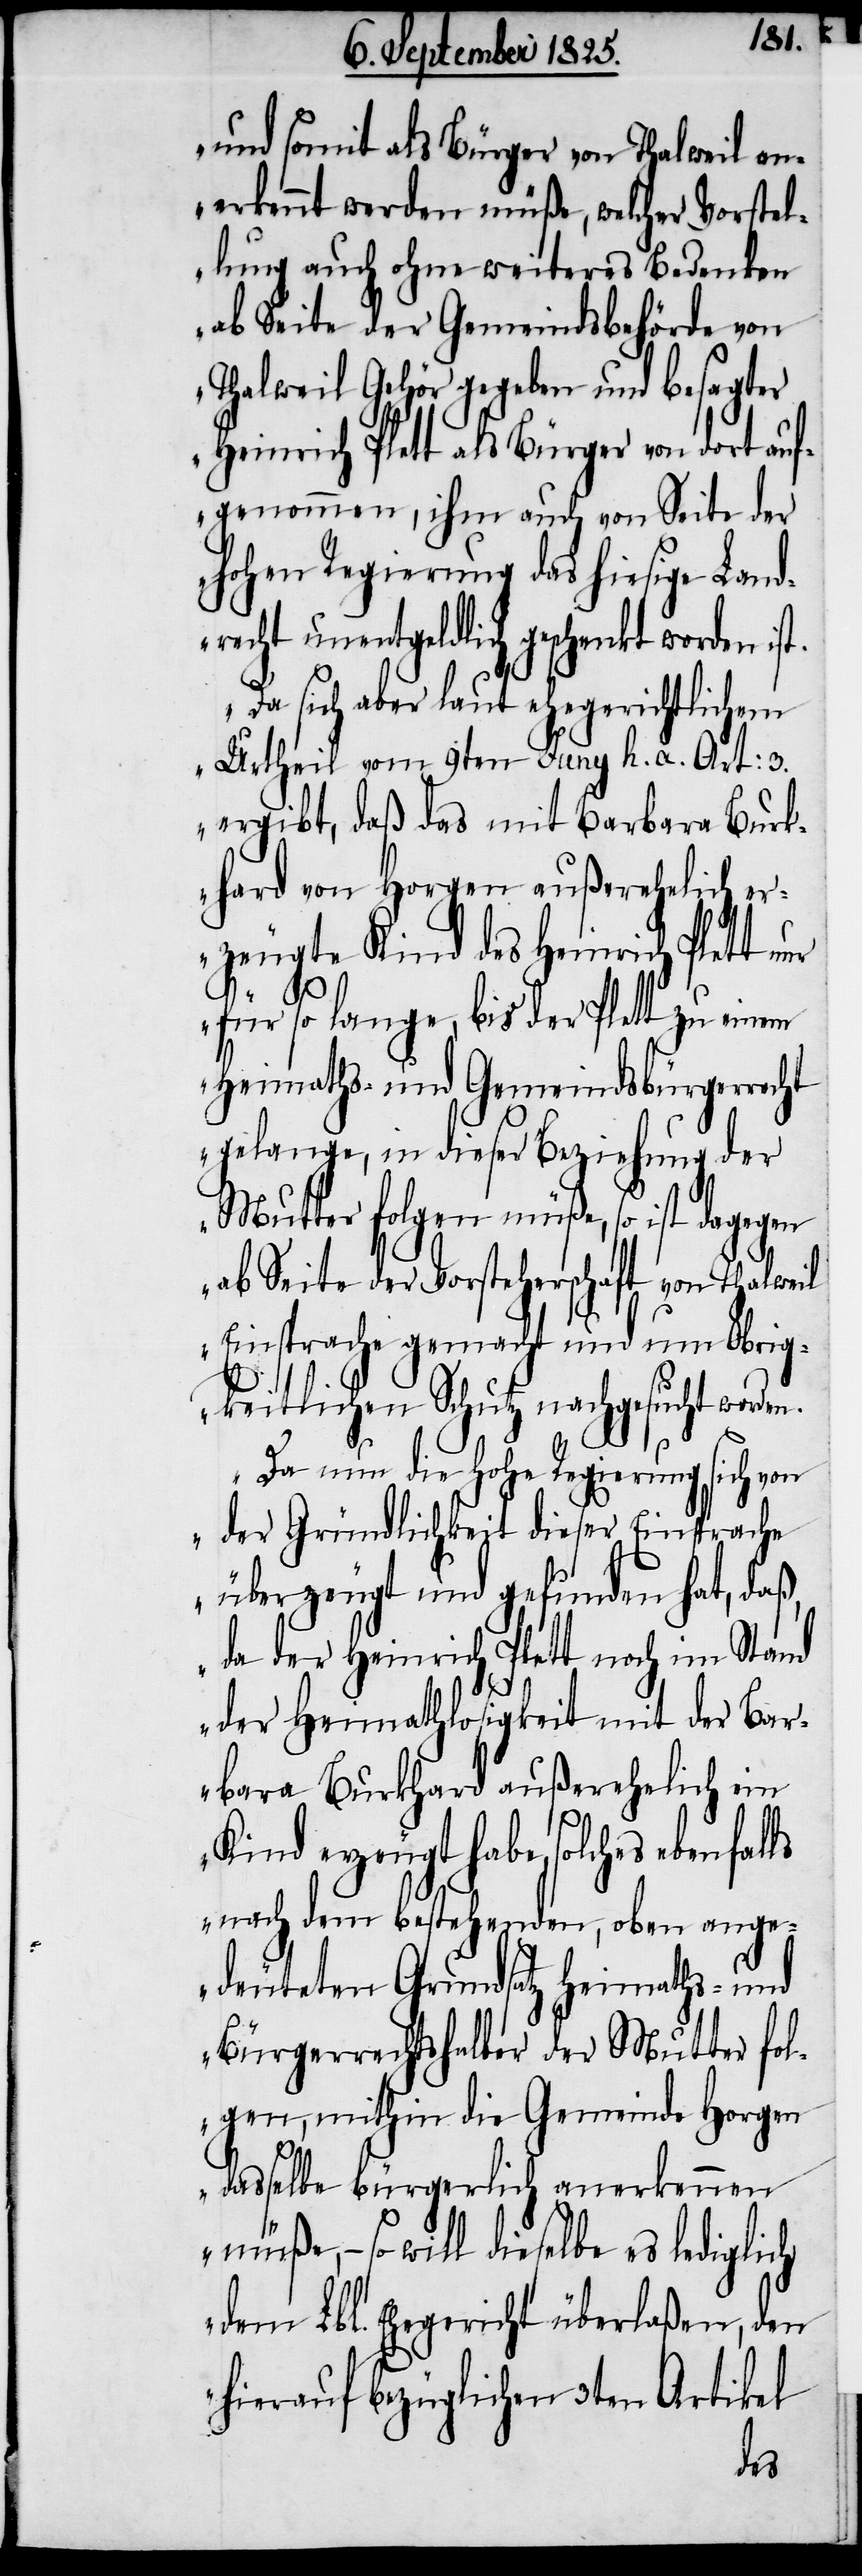
und somit als Bürger von Thalweil an¬
erkennt werden müße, welcher Vorstel¬
lung auch ohne weiteres Bedenken
ab Seite der Gemeindsbehörde von
Thalweil Gehör gegeben und besagter
Heinrich Plett als Bürger von dort auf¬
genommen, ihm auch von Seite der
hohen Regierung das hiesige Land¬
recht unentgeldlich geschenkt worden ist.
Da sich aber laut ehegerichtlichem
Urtheil vom 9ten Juny h. a. Art: 3.
ergibt, daß das mit Barbara Burk¬
hard von Horgen außerehelich er¬
zeugte Kind des Heinrich Plett nur
für so lange, bis der Plett zu einem
Heimaths- und Gemeindsbürgerrecht
gelange, in dieser Beziehung der
Mutter folgen müße, so ist dagegen
ab Seite der Vorsteherschaft von Thalweil
Einsprache gemacht und um Obrig¬
keitlichen Schutz nachgesucht worden.
Da nun die hohe Regierung sich von
der Gründlichkeit dieser Einsprache
überzeugt und gefunden hat, daß,
da der Heinrich Plett noch im Stand
der Heimathlosigkeit mit der Bar¬
bara Burkhard außerehelich ein
Kind erzeugt habe, solches ebenfalls
nach dem bestehenden, oben ange¬
deuteten Grundsatz Heimaths- und
Bürgerrechtshalber der Mutter fol¬
gen, mithin die Gemeinde Horgen
dasselbe bürgerlich anerkennen
müße, – so will dieselbe es lediglich
dem Lbl. Ehegericht überlaßen, den
hierauf bezüglichen 3ten Artikel